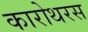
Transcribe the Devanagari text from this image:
कारोथरस